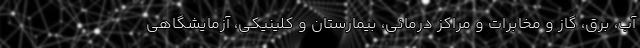
آب، برق، گاز و مخابرات و مراکز درمانی، بیمارستان و کلینیکی، آزمایشگاهی